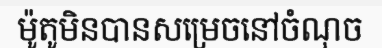
ម៉ូតូមិនបានសម្រេចនៅចំណុច